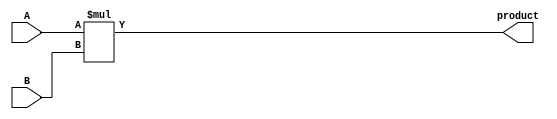
module signed_multiplier (
  input signed [31:0] A,
  input signed [31:0] B,
  output signed [63:0] product
);

reg signed [63:0] temp_product;

always @(*) begin
  temp_product = A * B;
end

assign product = temp_product;

endmodule